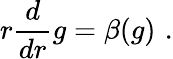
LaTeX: r\frac{d}{dr}g=\beta(g)\, \, .